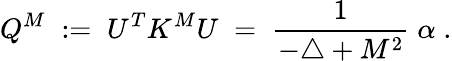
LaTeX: Q^{M}\; :=\; U^{T}K^{M}U\; =\; \frac{1}{-\triangle+M^{2}}\; \alpha\; .